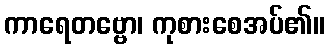
ကာရေတဗ္ဗော၊ ကုစားစေအပ်၏။